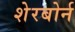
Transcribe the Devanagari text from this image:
शेरबोर्न